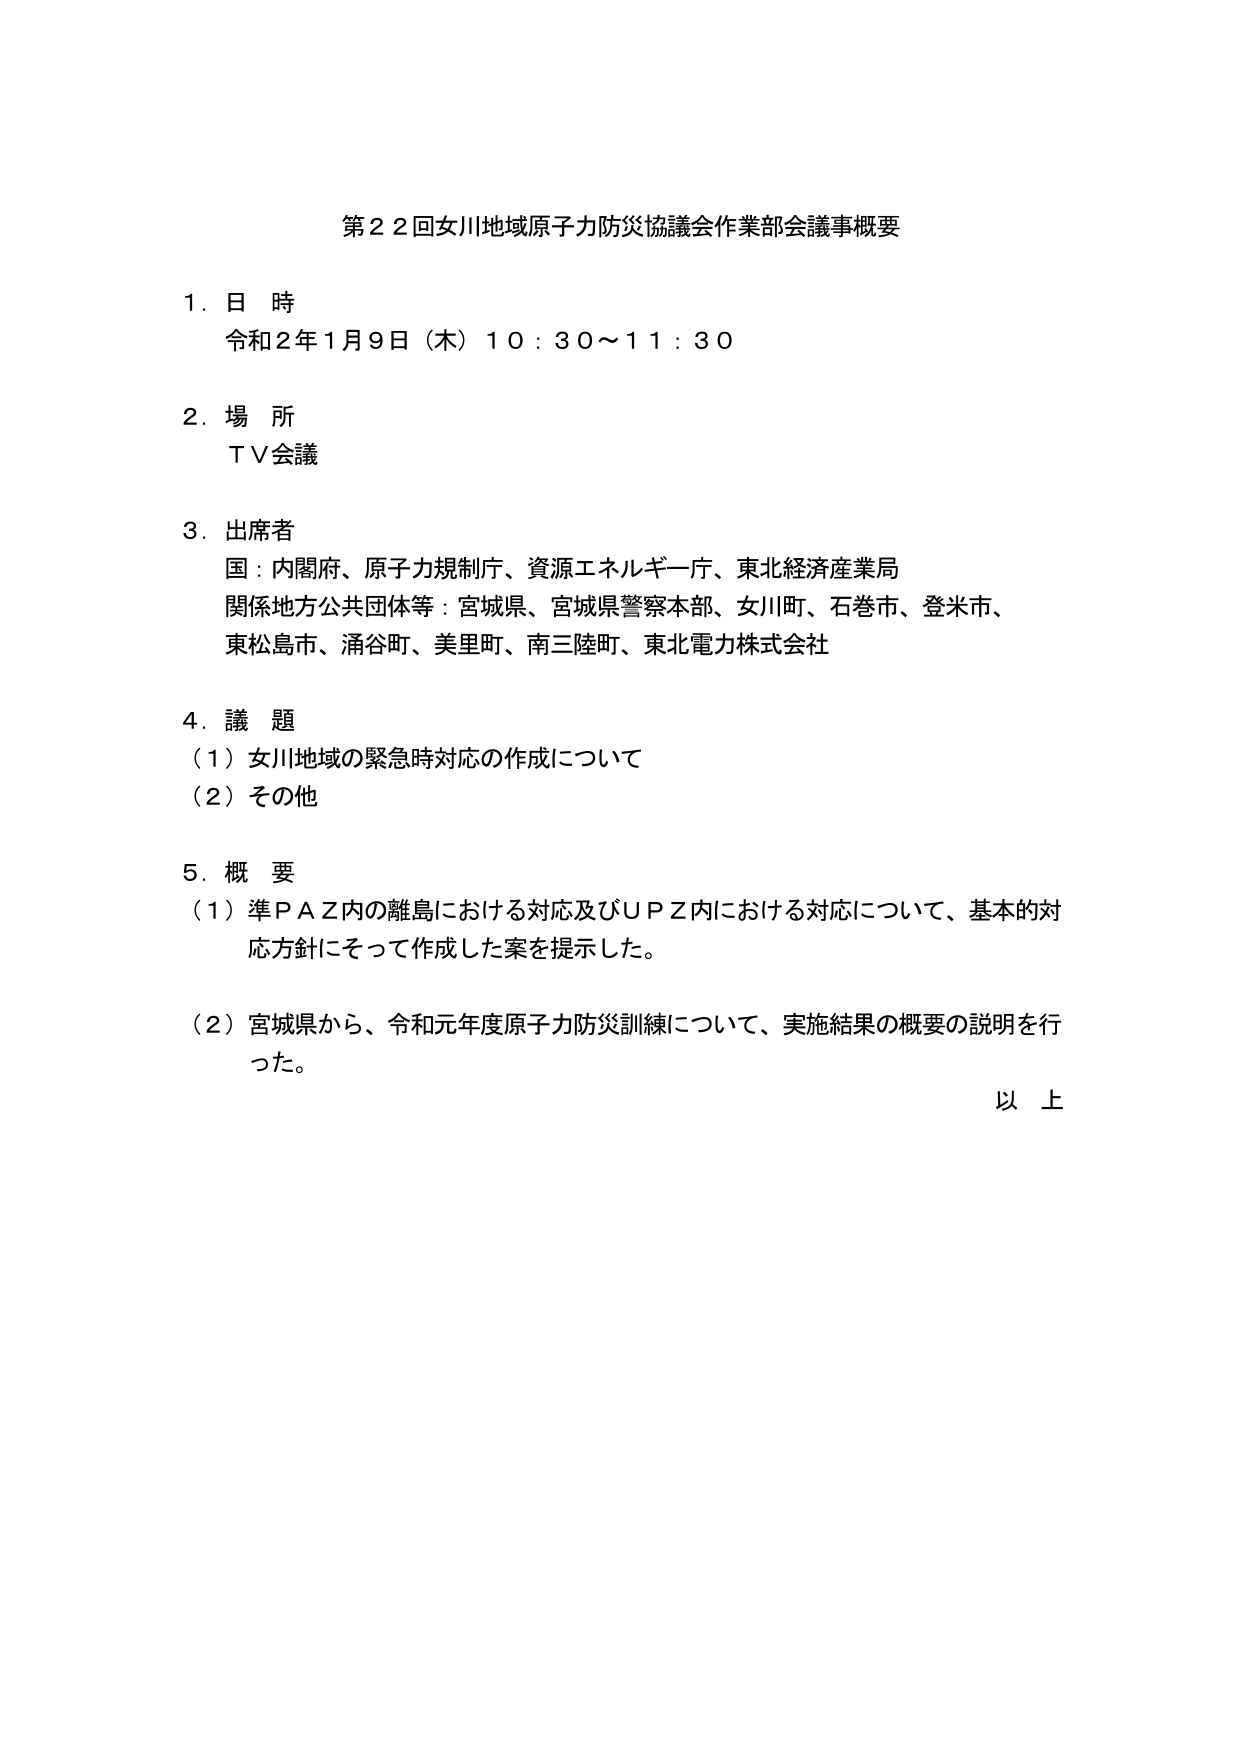
第２２回女川地域原子力防災協議会作業部会議事概要

１．日 時
令和２年１月９日（木）１０：３０～１１：３０

２．場 所
ＴＶ会議

３．出席者
国：内閣府、原子力規制庁、資源エネルギー庁、東北経済産業局
関係地方公共団体等：宮城県、宮城県警察本部、女川町、石巻市、登米市、
東松島市、涌谷町、美里町、南三陸町、東北電力株式会社

４．議 題
（１）女川地域の緊急時対応の作成について
（２）その他

５．概 要
（１）準ＰＡＺ内の離島における対応及びＵＰＺ内における対応について、基本的対
応方針にそって作成した案を提示した。
（２）宮城県から、令和元年度原子力防災訓練について、実施結果の概要の説明を行
った。
以 上